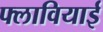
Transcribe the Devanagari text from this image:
फ्लावियाई